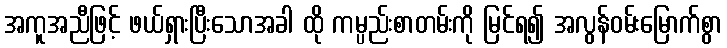
အကူအညီဖြင့် ဖယ်ရှားပြီးသောအခါ ထို ကမ္ပည်းစာတမ်းကို မြင်ရ၍ အလွန်ဝမ်းမြောက်စွာ